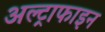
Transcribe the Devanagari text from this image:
अल्ट्राफाइन